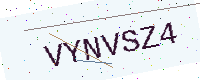
Text: VYNVSZ4